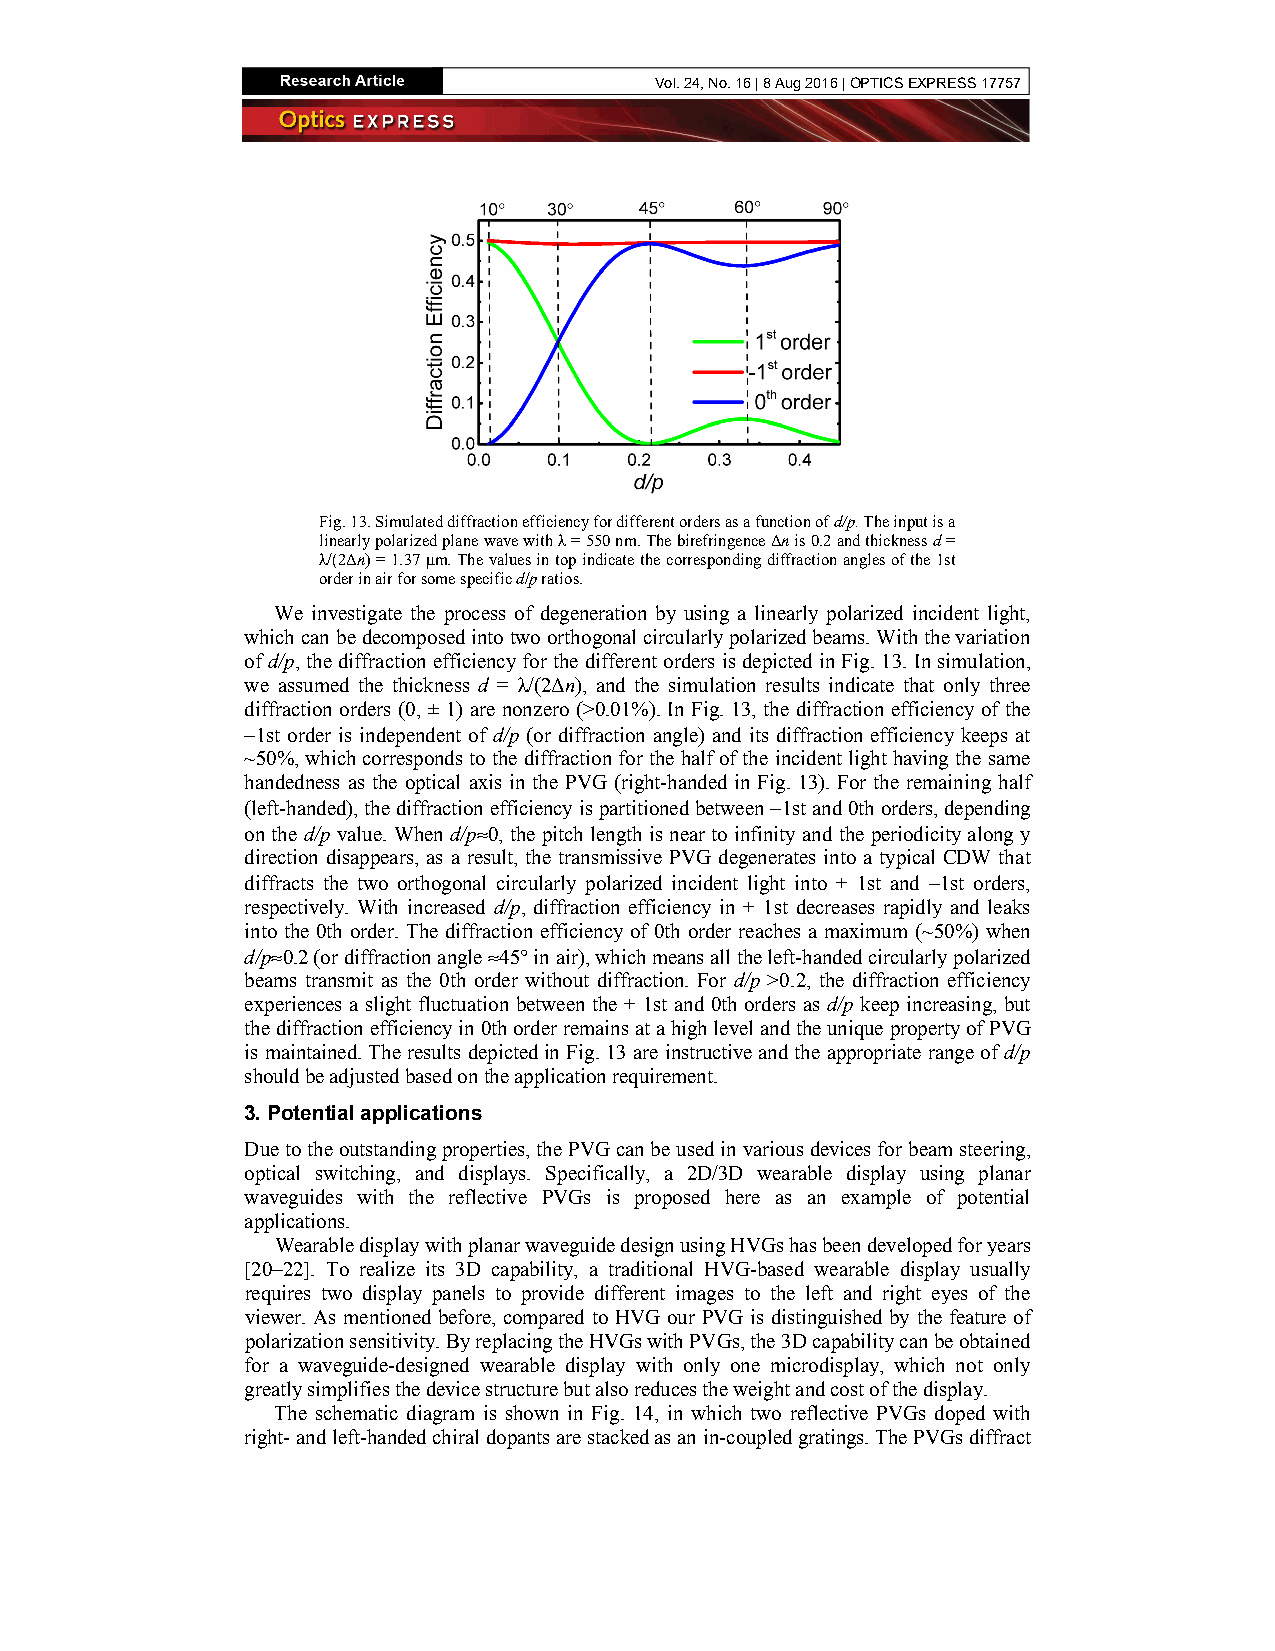
Vol. 24, No. 16 | 8 Aug 2016 | OPTICS EXPRESS 17757
 Fig. 13. Simulated diffraction efficiency for different orders as a function of d/p. The input is a
 linearly polarized plane wave with λ = 550 nm. The birefringence Δn is 0.2 and thickness d =
 λ/(2Δn) = 1.37 μm. The values in top indicate the corresponding diffraction angles of the 1st
 order in air for some specific d/p ratios.
 We investigate the process of degeneration by using a linearly polarized incident light,
 which can be decomposed into two orthogonal circularly polarized beams. With the variation
 of d/p, the diffraction efficiency for the different orders is depicted in Fig. 13. In simulation,
 we assumed the thickness d = λ/(2Δn), and the simulation results indicate that only three
 diffraction orders (0, ± 1) are nonzero (>0.01%). In Fig. 13, the diffraction efficiency of the
 −1st order is independent of d/p (or diffraction angle) and its diffraction efficiency keeps at
 ~50%, which corresponds to the diffraction for the half of the incident light having the same
 handedness as the optical axis in the PVG (right-handed in Fig. 13). For the remaining half
 (left-handed), the diffraction efficiency is partitioned between −1st and 0th orders, depending
 on the d/p value. When d/p≈0, the pitch length is near to infinity and the periodicity along y
 direction disappears, as a result, the transmissive PVG degenerates into a typical CDW that
 diffracts the two orthogonal circularly polarized incident light into + 1st and −1st orders,
 respectively. With increased d/p, diffraction efficiency in + 1st decreases rapidly and leaks
 into the 0th order. The diffraction efficiency of 0th order reaches a maximum (~50%) when
 d/p≈0.2 (or diffraction angle ≈45° in air), which means all the left-handed circularly polarized
 beams transmit as the 0th order without diffraction. For d/p >0.2, the diffraction efficiency
 experiences a slight fluctuation between the + 1st and 0th orders as d/p keep increasing, but
 the diffraction efficiency in 0th order remains at a high level and the unique property of PVG
 is maintained. The results depicted in Fig. 13 are instructive and the appropriate range of d/p
 should be adjusted based on the application requirement.
 3. Potential applications
 Due to the outstanding properties, the PVG can be used in various devices for beam steering,
 optical switching, and displays. Specifically, a 2D/3D wearable display using planar
 waveguides with the reflective PVGs is proposed here as an example of potential
 applications.
 Wearable display with planar waveguide design using HVGs has been developed for years
 [20–22]. To realize its 3D capability, a traditional HVG-based wearable display usually
 requires two display panels to provide different images to the left and right eyes of the
 viewer. As mentioned before, compared to HVG our PVG is distinguished by the feature of
 polarization sensitivity. By replacing the HVGs with PVGs, the 3D capability can be obtained
 for a waveguide-designed wearable display with only one microdisplay, which not only
 greatly simplifies the device structure but also reduces the weight and cost of the display.
 The schematic diagram is shown in Fig. 14, in which two reflective PVGs doped with
 right- and left-handed chiral dopants are stacked as an in-coupled gratings. The PVGs diffract